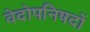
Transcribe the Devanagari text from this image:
वेदोपनिषदों